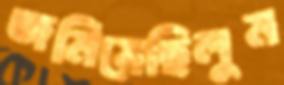
জমিয়েছিলুম